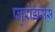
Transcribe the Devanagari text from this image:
प्लुरोडेसिस